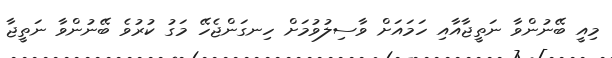
މިއީ ބޭނުންވާ ނަތީޖާއާއި ހަމައަށް ވާސިލުވުމަށް ހިނގަންޖެހޭ މަގު ކުރުވެ ބޭނުންވާ ނަތީޖާ